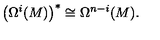
\left( \Omega ^ { i } ( M ) \right) ^ { * } \cong \Omega ^ { n - i } ( M ) .